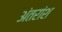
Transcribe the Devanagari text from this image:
अंतरांश